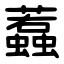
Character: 蠚